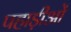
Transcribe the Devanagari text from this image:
पहाड़ीओं